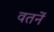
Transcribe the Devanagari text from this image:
वतनें